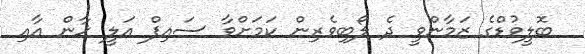
ބޮލީވުޑްގެ ޒަމާންވީ ދެ ލޯބިވެރިން ކަމަށްވާ ސައިފް އަލީ ޚާން އާއި